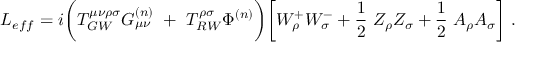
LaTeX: { \cal L } _ { e f f } = i \bigg ( T _ { G W } ^ { \mu \nu \rho \sigma } G _ { \mu \nu } ^ { ( n ) } ~ + ~ T _ { R W } ^ { \rho \sigma } \Phi ^ { ( n ) } \bigg ) \bigg [ W _ { \rho } ^ { + } W _ { \sigma } ^ { - } + \frac { 1 } { 2 } ~ Z _ { \rho } Z _ { \sigma } + \frac { 1 } { 2 } ~ A _ { \rho } A _ { \sigma } \bigg ] \ .